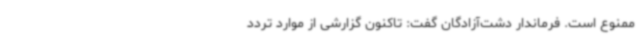
ممنوع است. فرماندار دشت‌آزادگان گفت: تاکنون گزارشی از موارد تردد